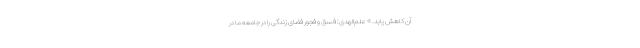
آن کاهش یابد. » علم‌الهدی: فسق و فجور فضای زندگی را در جامعه ما در